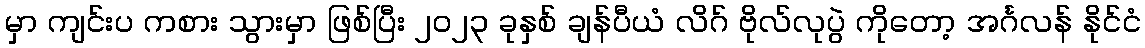
မှာ ကျင်းပ ကစား သွားမှာ ဖြစ်ပြီး ၂၀၂၃ ခုနှစ် ချန်ပီယံ လိဂ် ဗိုလ်လုပွဲ ကိုတော့ အင်္ဂလန် နိုင်ငံ